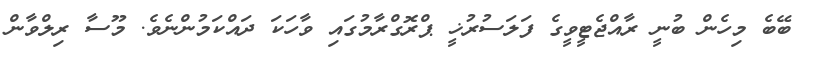
ބޭބެ މިހެން ބުނީ ރާއްޖެޓީވީގެ ފަލަސުރުޚީ ޕްރޮގްރާމުގައި ވާހަކަ ދައްކަމުންނެވެ. މޫސާ ރިލްވާން